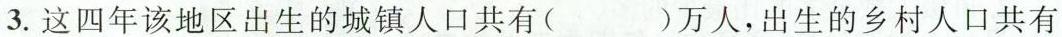
3.这四年该地区出生的城镇人口共有( )万人，出生的乡村人口共有